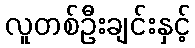
လူတစ်ဦးချင်းနှင့်